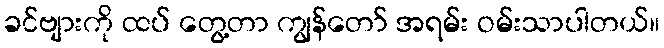
ခင်ဗျားကို ထပ် တွေ့တာ ကျွန်တော် အရမ်း ဝမ်းသာပါတယ်။